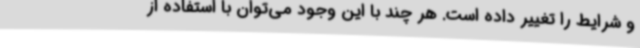
و شرایط را تغییر داده است. هر چند با این وجود می‌توان با استفاده از